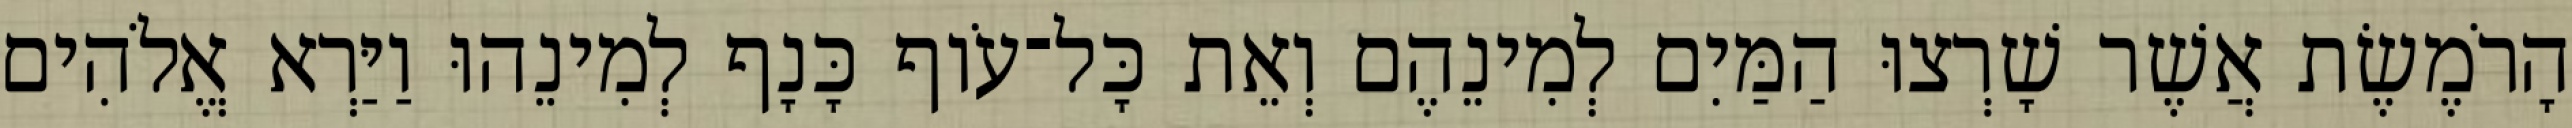
הָרֹמֶשֶׂת אֲשֶׁר שָׁרְצוּ הַמַּיִם לְמִינֵהֶם וְאֵת כָּל־עֹוף כָּנָף לְמִינֵהוּ וַיַּרְא אֱלֹהִים